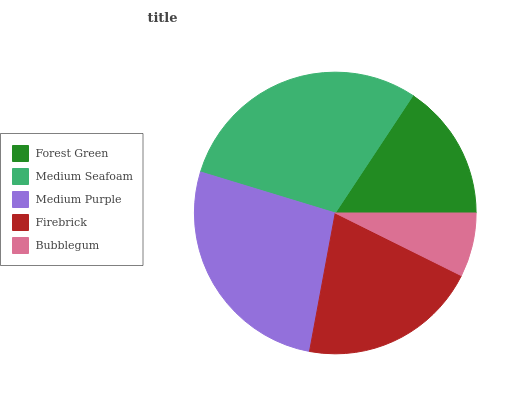
| Forest Green | Medium Seafoam | Medium Purple | Firebrick | Bubblegum |
 | --- | --- | --- | --- | --- |
 | 15.7% | 29.6% | 26.8% | 20.6% | 7.34% |